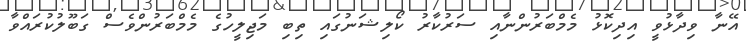
އޭނާ ވިދާޅުވީ އިދިކޮޅު މެމްބަރުންނާއި ސަރުކާރު ކޯލިޝަނުގައި ތިބި މަޖިލީހުގެ މެމްބަރުންވެސް ގަބޫލުކުރައްވާ